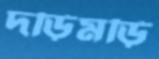
দড়িমড়ি